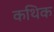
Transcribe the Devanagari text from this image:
कथिक